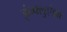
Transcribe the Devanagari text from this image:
इंन्फ्लुएंझा